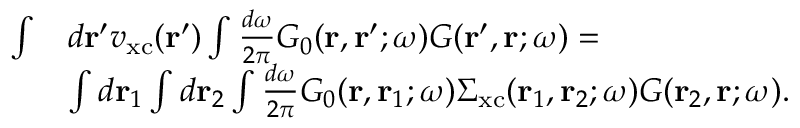
\begin{array} { r l } { \int } & { d \mathbf { r } ^ { \prime } v _ { \mathrm { x c } } ( \mathbf { r } ^ { \prime } ) \int \frac { d \omega } { 2 \pi } G _ { 0 } ( \mathbf { r } , \mathbf { r } ^ { \prime } ; \omega ) G ( \mathbf { r } ^ { \prime } , \mathbf { r } ; \omega ) = } \\ & { \int d \mathbf { r } _ { 1 } \int d \mathbf { r } _ { 2 } \int \frac { d \omega } { 2 \pi } G _ { 0 } ( \mathbf { r } , \mathbf { r } _ { 1 } ; \omega ) \Sigma _ { \mathrm { x c } } ( \mathbf { r } _ { 1 } , \mathbf { r } _ { 2 } ; \omega ) G ( \mathbf { r } _ { 2 } , \mathbf { r } ; \omega ) . } \end{array}